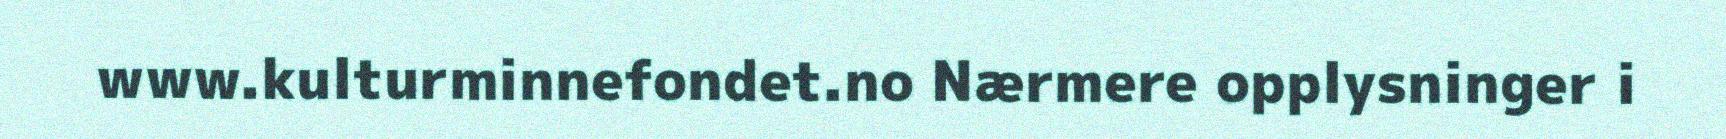
www.kulturminnefondet.no Nærmere opplysninger i